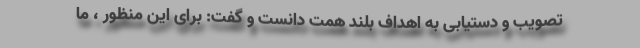
تصویب و دستیابی به اهداف بلند همت دانست و گفت: برای این منظور ، ما